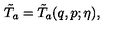
\tilde { T } _ { a } = \tilde { T } _ { a } ( q , p ; \eta ) ,